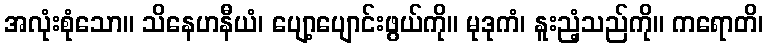
အလုံးစုံသော။ သိနေဟနီယံ၊ ပျော့ပျောင်းဖွယ်ကို။ မုဒုကံ၊ နူးညံ့သည်ကို။ ကရောတိ၊